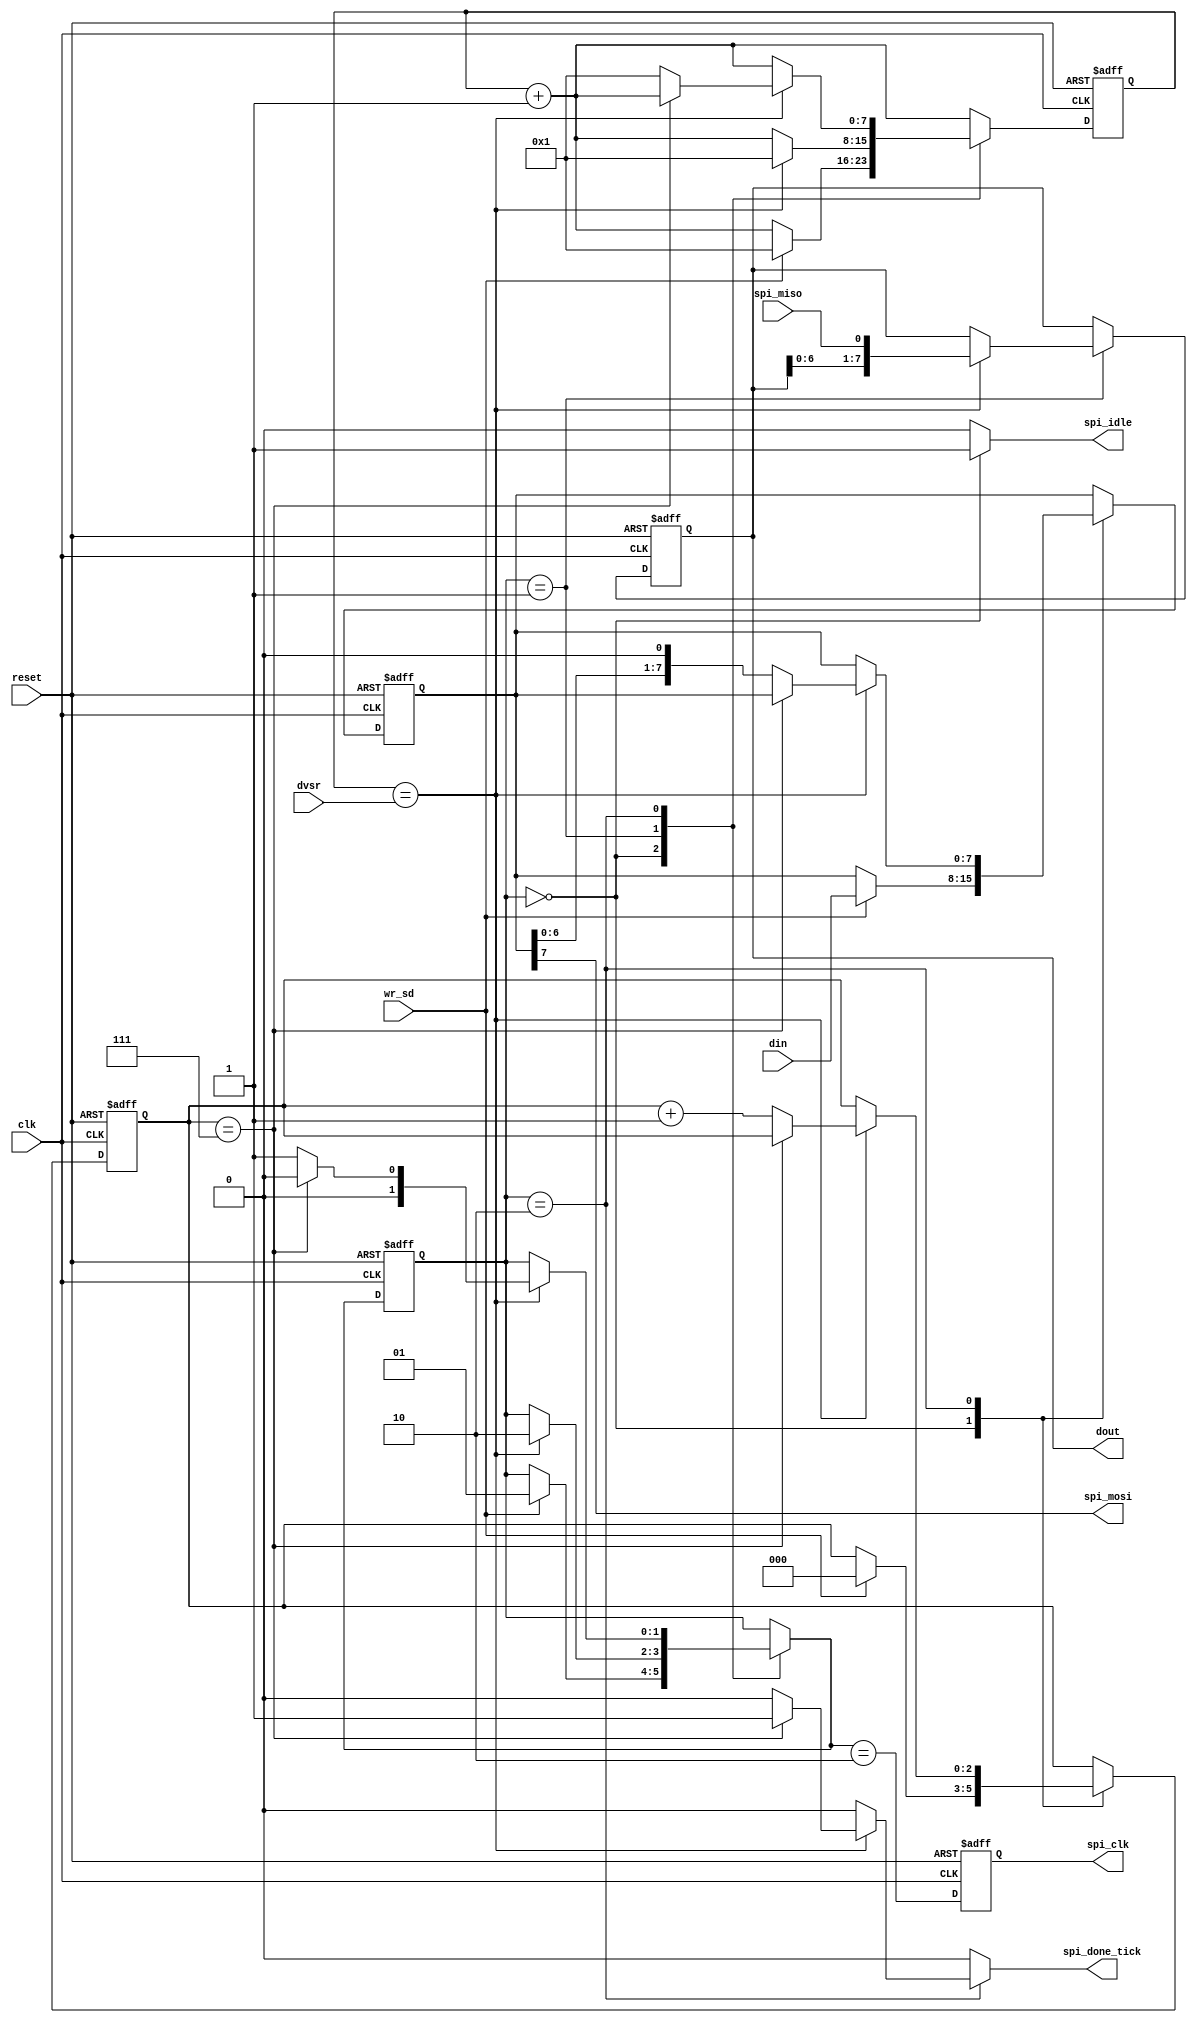
module SPI_CONTROLLER (
	input wire clk, reset,
	input wire [7:0] din, dvsr,
	input wire wr_sd,
	output wire [7:0] dout,
	output wire spi_clk, spi_mosi,
	input wire spi_miso,
	output wire spi_done_tick, spi_idle
);

	localparam [1:0] 
		idle	= 2'b00,
		sclk0	= 2'b01,
		sclk1	= 2'b10;
	
	reg [1:0] state_reg, state_next;
	reg [7:0] c_reg, c_next;
	reg spi_clk_reg, spi_idle_i, spi_done;
	wire spi_clk_next;
	reg [2:0] bit_reg, bit_next;
	reg [7:0] sin_reg, sin_next, sout_reg, sout_next;
	
	always @ (posedge clk, posedge reset)
		if (reset) begin
			state_reg 	<= idle;
			c_reg			<= 0;
			bit_reg		<= 0;
			sin_reg		<= 0;
			sout_reg		<= 0;
			spi_clk_reg	<= 0;
		end
		else begin
			state_reg 	<= state_next;
			c_reg			<= c_next;
			bit_reg		<= bit_next;
			sin_reg		<= sin_next;
			sout_reg		<= sout_next;
			spi_clk_reg <= spi_clk_next;
		end
		
	always @ (*) begin
		state_next 	= state_reg;
		c_next 		= c_reg + 1'b1;
		bit_next		= bit_reg;
		sin_next		= sin_reg;
		sout_next	= sout_reg;
		spi_idle_i	= 1'b0;
		spi_done		= 1'b0;
		case (state_reg)
			idle: begin
				spi_idle_i 	= 1'b1;
				if (wr_sd) begin
					sout_next 	= din;
					state_next	= sclk0;
					bit_next		= 0;
					c_next		= 8'b1;
				end
			end
			sclk0:
				if (c_reg==dvsr) begin
					state_next 	= sclk1;
					sin_next		= {sin_reg[6:0], spi_miso};
					c_next		= 8'b1;
				end
			sclk1: 
				if (c_reg == dvsr)
					if (bit_reg == 3'b111) begin
						spi_done		= 1'b1;
						state_next	= idle;
					end
				else begin
					sout_next	= {sout_reg[6:0], 1'b0};
					state_next	= sclk0;
					bit_next		= bit_reg + 1'b1;
					c_next		= 8'b1;
				end
		endcase
	end
	
	assign spi_clk_next 	= (state_next == sclk1);
	assign dout			= sin_reg;
	assign spi_mosi	= sout_reg[7];
	assign spi_clk		= spi_clk_reg;
	assign spi_idle 	= spi_idle_i;
	assign spi_done_tick	= spi_done;
endmodule